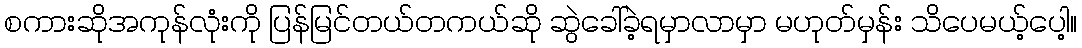
စကားဆိုအကုန်လုံးကို ပြန်မြင်တယ်တကယ်ဆို ဆွဲခေါ်ခဲ့ရမှာလာမှာ မဟုတ်မှန်း သိပေမယ့်ပေါ့။